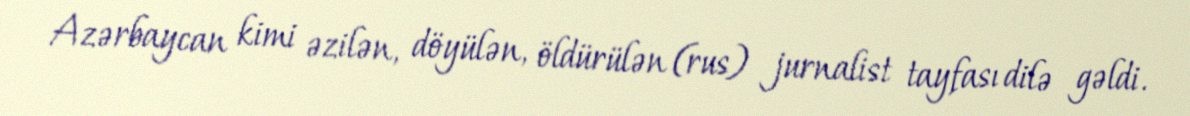
Azərbaycan kimi əzilən, döyülən, öldürülən (rus) jurnalist tayfası dilə gəldi.